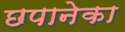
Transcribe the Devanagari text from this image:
छपानेका